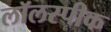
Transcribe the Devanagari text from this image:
लॉलस्पीक